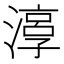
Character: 𱨛